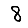
Digit: 8